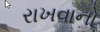
રાખવાનો